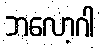
ဘလော့ဂါ